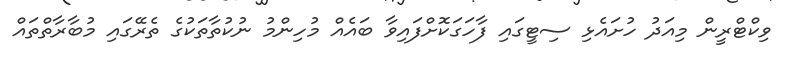
ވިކްޓްރީން މިއަދު ހުށައެޅި ސިޓީގައި ފާހަގަކޮށްފައިވާ ބައެއް މުހިންމު ނުކުތާތަކުގެ ތެރޭގައި މުބާރާތްތައް